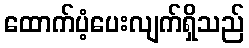
ထောက်ပံ့ပေးလျက်ရှိသည်